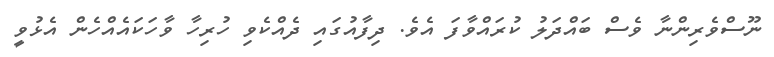
ނޫސްވެރިންނާ ވެސް ބައްދަލު ކުރައްވާފަ އެވެ. ދިފާއުގައި ދެއްކެވި ހުރިހާ ވާހަކައެއްހެން އެޅުވީ